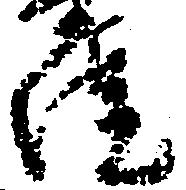
院